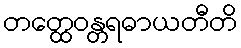
တတ္ထေဝန္တရဓာယတီတိ